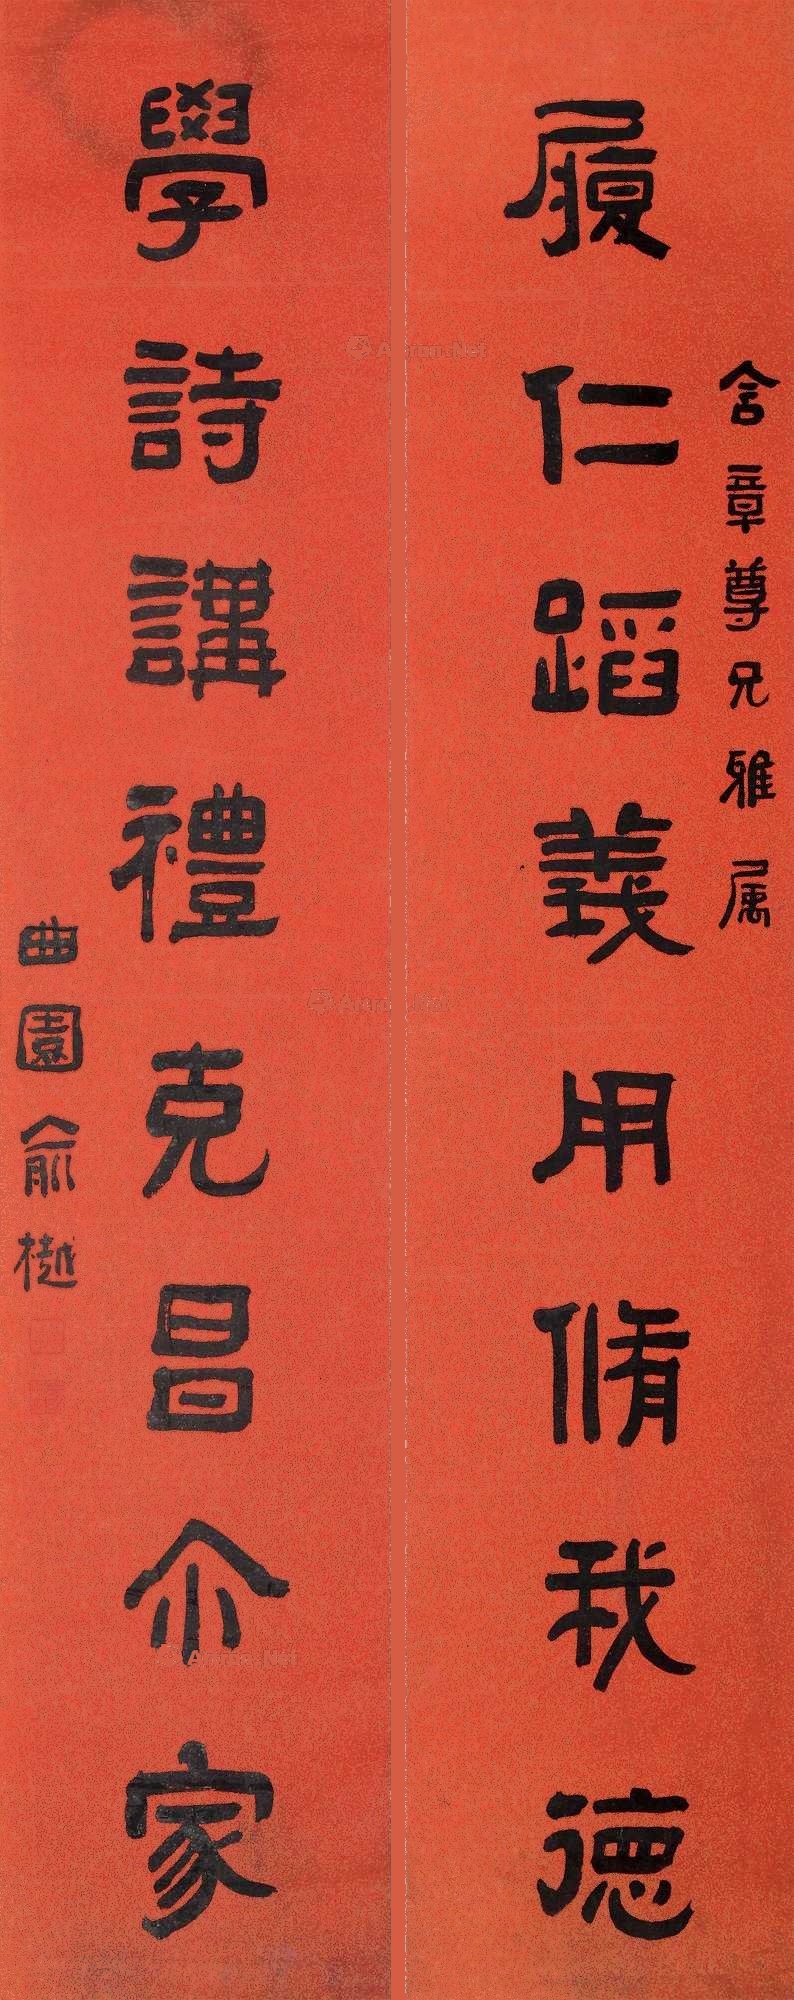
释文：履仁蹈义用修我德，学诗讲礼克昌尔家。含章尊兄雅属，曲园俞樾。